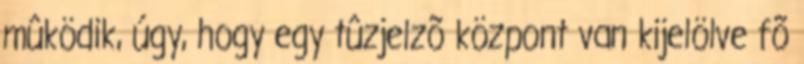
mûködik, úgy, hogy egy tûzjelzõ központ van kijelölve fõ